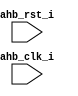
//---------------------------------------------------------------------
//                                          
//     ____     ____     _____    _____    __  __    _____     ____  
//    /\___\   /\___\   /\____\  |\_____\ |\_\|\_\  |\____\   /\___\ 
//   |\/ _ _\ |\/ _  \  \/ ____| ||  ___| ||  \/  | \|_   _| |\/ _ _\
//   || |     || /_\  | \| |__   || |_\   ||      |   || |   || |    
//   || |___  || |__| |  _\__ \  ||  _|_  || |\/| |  _|| |_  || |___ 
//   \| |___\ || | || | |\__\| | || |___\ || |  | | |\_| |_\ \| |___\
//    \\____/ \|_| \|_| \|____/  \|_____| \|_|  |_| \|_____|  \\____/
//
//  COPYRIGHT 2017, ALL RIGHTS RESERVED
//  
//  Filename:   qspi_controller
//  Author:          
//  Date:            
//
//  Project:         
//  Descriptions: AHB Interface register for Quad-SPI controller.
//---------------------------------------------------------------------
module qspi_controller (
                // AHB Slave Interface
				ahb_rst_i,
                ahb_clk_i,
				
						);
//--------------------------------
//  Ports
//--------------------------------
input           ahb_rst_i;
input           ahb_clk_i;


//--------------------------------
//  Wires and REGs
//--------------------------------

endmodule